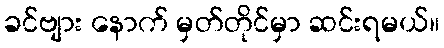
ခင်ဗျား နောက် မှတ်တိုင်မှာ ဆင်းရမယ်။